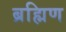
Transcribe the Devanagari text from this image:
ब्रह्मिण